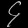
Digit: ၄